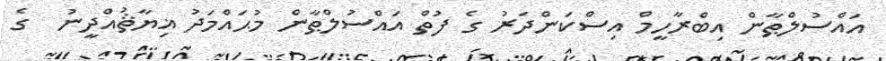
އައްސުލްޠާން އިބްރާހީމް އިސްކަންދަރު ގެ ފުތް އައްސުލްޠާން މުޙައްމަދު ޣިޔާޘުއްދީނު  ގެ